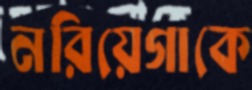
নরিয়েগাকে